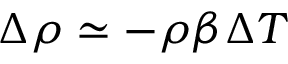
\Delta \rho \simeq - \rho \beta \Delta T